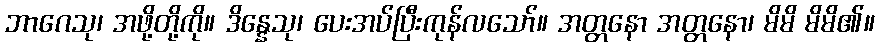
ဘာဂေသု၊ အဖို့တို့ကို။ ဒိန္နေသု၊ ပေးအပ်ပြီးကုန်လသော်။ အတ္တနော အတ္တနော၊ မိမိ မိမိ၏။